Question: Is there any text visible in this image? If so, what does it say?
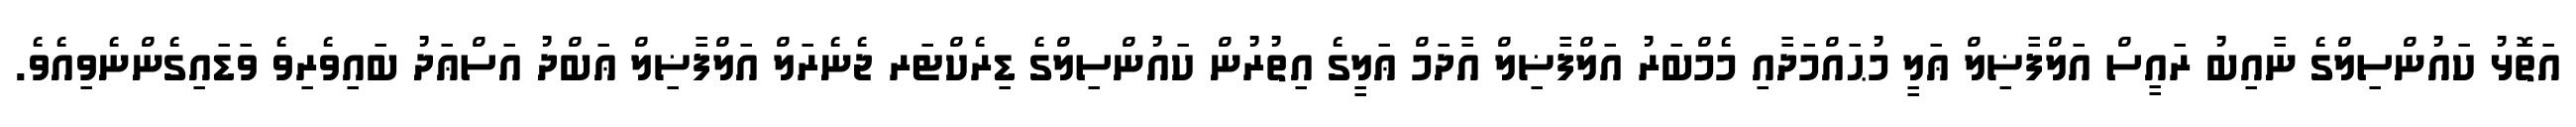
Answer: އަތޮޅު ކައުންސިލްގެ ނާއިބު ރައީސް އަލްފާޟިލް ޢަލީ މުޙައްމަދާއި މެމްބަރު އަލްފާޟިލް އާދަމް ޢަލީގެ އިތުރުން ކައުންސިލްގެ ޑިރެކްޓަރ ޖެނެރަލް އަލްފާޟިލް ޢަބްދު އަސްޢަދު ބައިވެރިވެ ވަޑައިގެންނެވިއެވެ.